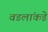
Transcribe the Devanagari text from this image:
वडलांकडे